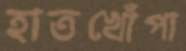
হাতখোঁপা